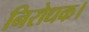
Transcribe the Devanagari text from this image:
निरोधक।